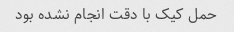
حمل کیک با دقت انجام نشده بود